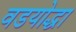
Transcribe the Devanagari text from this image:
वडयोद्धा